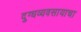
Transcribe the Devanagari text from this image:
दुग्धव्यवसायाचा